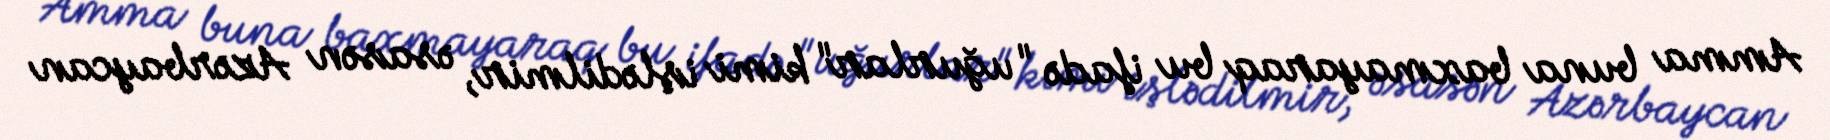
Amma buna baxmayaraq bu ifadə "uğurlar" kimi işlədilmir, əsasən Azərbaycan